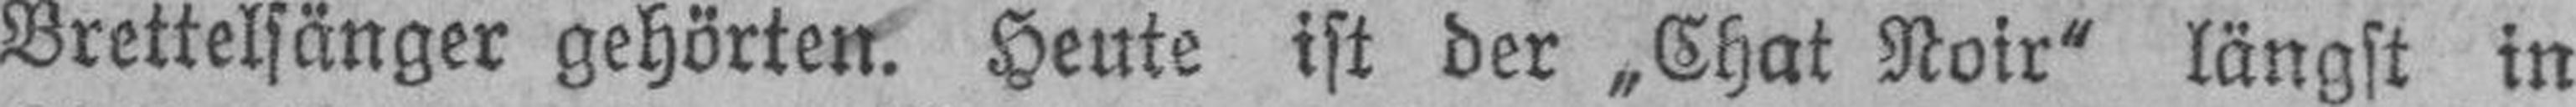
Brettelsänger gehörten. Heute ist der „Chat Noir“ längst in